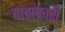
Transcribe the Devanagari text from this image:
बाह्यकारी